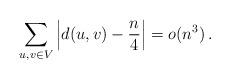
LaTeX: \begin{align*} \sum_{u,v \in V} \left|d(u,v)-\frac{n}{4}\right| = o(n^3) \,. \end{align*}